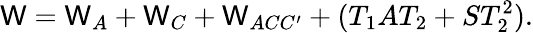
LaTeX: \mathsf{W}=\mathsf{W}_{A}+\mathsf{W}_{C}+\mathsf{W}_{ACC^{\prime}}+(T_{1}AT_{2}+ST_{2}^{2}).